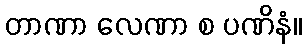
တာဏာ လေဏာ စ ပဏိနံ။